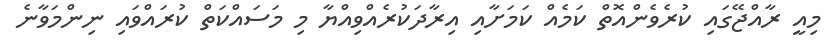
މިއީ ރާއްޖޭގައި ކުރެވެންއޮތް ކަމެއް ކަމަށާއި އިރާދަކުރެއްވިއްޔާ މި މަސައްކަތް ކުރައްވައި ނިންމަވާނެ